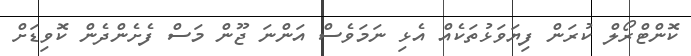
ކޮންޓްރޯލް ކުރަން ފިޔަވަޅުތަކެއް އެޅި ނަމަވެސް އަންނަ ޖޫން މަސް ފެށެންދެން ކޮވިޑަށް